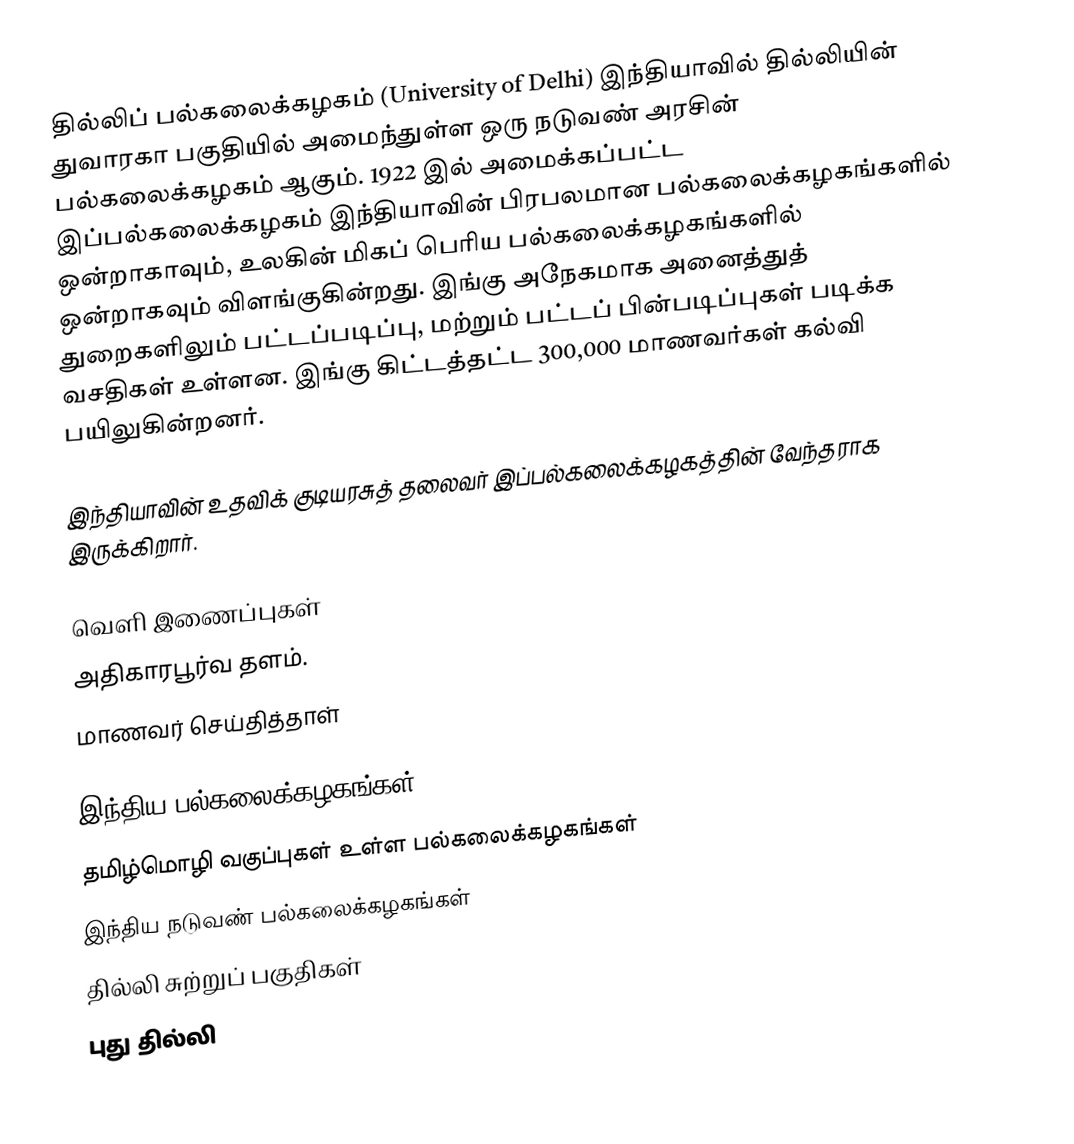
தில்லிப் பல்கலைக்கழகம் (University of Delhi) இந்தியாவில் தில்லியின் துவாரகா பகுதியில் அமைந்துள்ள ஒரு நடுவண் அரசின் பல்கலைக்கழகம் ஆகும். 1922 இல் அமைக்கப்பட்ட இப்பல்கலைக்கழகம் இந்தியாவின் பிரபலமான பல்கலைக்கழகங்களில் ஒன்றாகாவும், உலகின் மிகப் பெரிய பல்கலைக்கழகங்களில் ஒன்றாகவும் விளங்குகின்றது. இங்கு அநேகமாக அனைத்துத் துறைகளிலும் பட்டப்படிப்பு, மற்றும் பட்டப் பின்படிப்புகள் படிக்க வசதிகள் உள்ளன. இங்கு கிட்டத்தட்ட 300,000 மாணவர்கள் கல்வி பயிலுகின்றனர்.

இந்தியாவின் உதவிக் குடியரசுத் தலைவர் இப்பல்கலைக்கழகத்தின் வேந்தராக இருக்கிறார்.

வெளி இணைப்புகள்
 அதிகாரபூர்வ தளம்.
 மாணவர் செய்தித்தாள்

இந்திய பல்கலைக்கழகங்கள்
தமிழ்மொழி வகுப்புகள் உள்ள பல்கலைக்கழகங்கள்
இந்திய நடுவண் பல்கலைக்கழகங்கள்
தில்லி சுற்றுப் பகுதிகள்
புது தில்லி